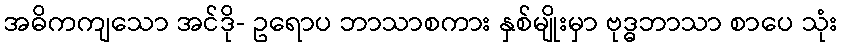
အဓိကကျသော အင်ဒို- ဥရောပ ဘာသာစကား နှစ်မျိုးမှာ ဗုဒ္ဓဘာသာ စာပေ သုံး